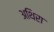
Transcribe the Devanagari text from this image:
अथिरा